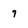
Character: 7